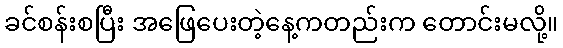
ခင်စန်းစပြီး အဖြေပေးတဲ့နေ့ကတည်းက တောင်းမလို့။